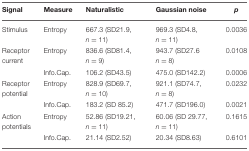
| Signal | Measure | Naturalistic | Gaussian noise | p |
 | --- | --- | --- | --- | --- |
 | Stimulus | Entropy | 667.3 (SD21.9, n = 11) | 969.3 (SD4.8, n = 11) | 0.0036 |
 | Receptor current | Entropy | 836.6 (SD81.4, n = 9) | 943.7 (SD27.6 n = 8) | 0.0108 |
 |  | Info.Cap. | 106.2 (SD43.5) | 475.0 (SD142.2) | 0.0006 |
 | Receptor potential | Entropy | 828.9 (SD69.7, n = 10) | 921.1 (SD74.7, n = 8) | 0.0232 |
 |  | Info.Cap. | 183.2 (SD 85.2) | 471.7 (SD196.0) | 0.0021 |
 | Action potentials | Entropy | 52.86 (SD19.21, n = 11) | 60.06 (SD 29.77, n = 11) | 0.1615 |
 |  | Info.Cap. | 21.14 (SD2.52) | 20.34 (SD8.63) | 0.6101 |